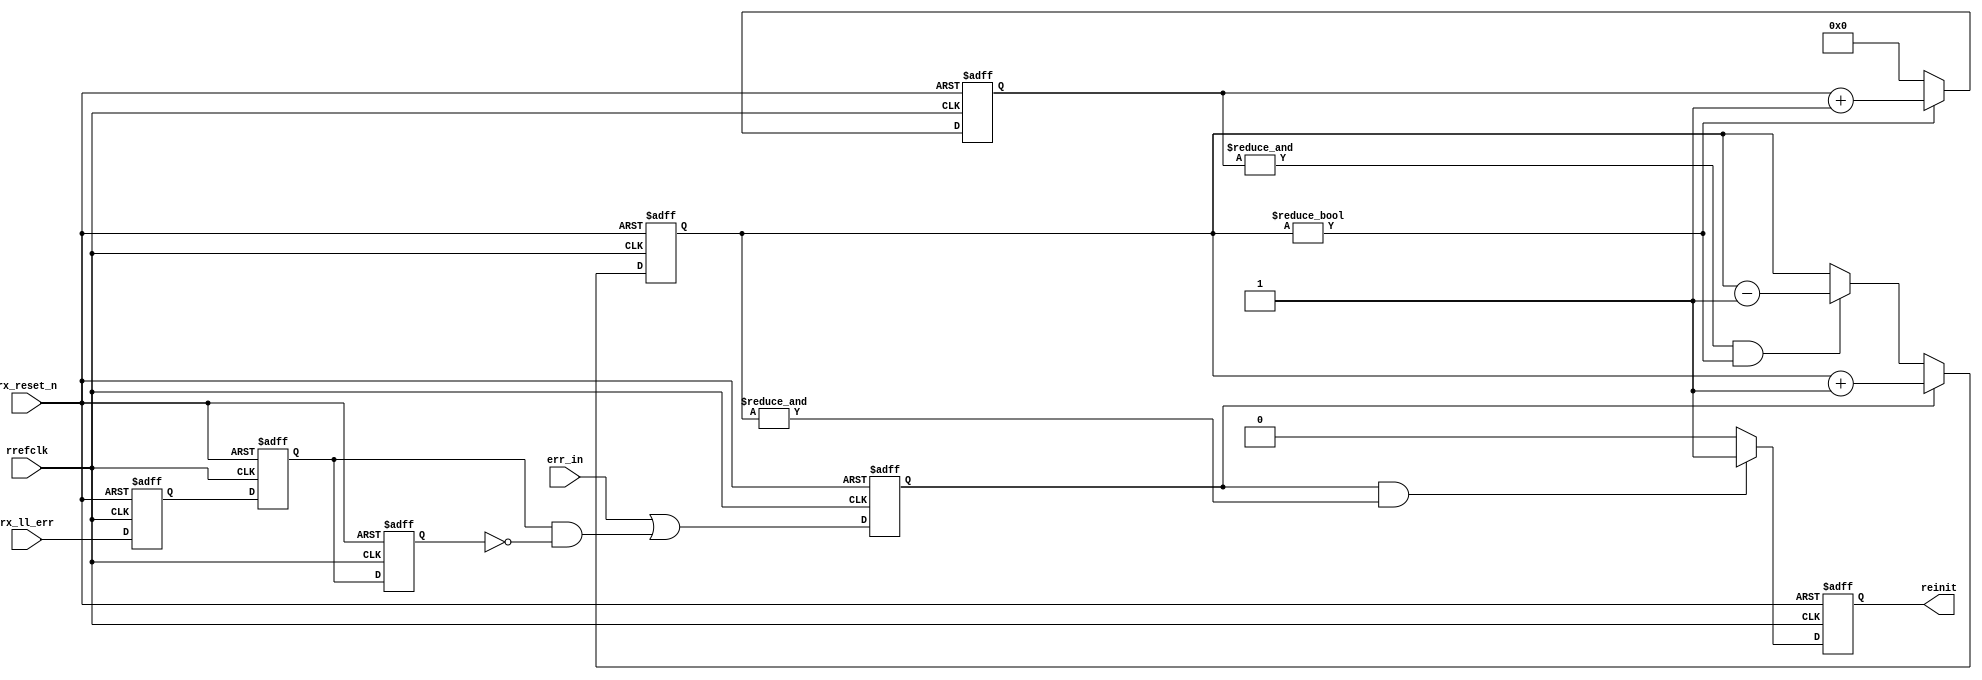
/*
*******************************************************************************

MODULE_NAME = lsm_leaky
COMPANY     = Altera Corporation, Altera Ottawa Technology Center
WEB         = www.altera.com

FUNCTIONAL_DESCRIPTION :
LSM - Leaky Bucket Portion of the LSM.
$Id: //acds/rel/14.1/ip/slite/slite2/hw/src/rtl/lsm_leaky.vx.erp#1 $
END_FUNCTIONAL_DESCRIPTION

LEGAL :
  Copyright (C) 2007 Altera Corporation. All rights reserved.  This source code
  to a MegaCore logic function is highly confidential and proprietary
  information of Altera and is being provided in accordance with and
  subject to the applicable MegaCore Logic Function License Agreement
  which governs its use and disclosure.  Altera products and services
  are protected under numerous U.S. and foreign patents, maskwork rights,
  copyrights and other intellectual property laws.
END_LEGAL
*******************************************************************************
*/
// vx2 translate_off
(* message_disable="14130" *)
//vx2 translate_on

//altera message_off 10230
module  five_lane_seriallite_lsm_leaky /* vx2 no_prefix */  (
rrefclk,
rx_reset_n,
err_in,
rx_ll_err,
reinit);

// Ports and local variables. 
// '_F' indicates an auxiliary variable for flip-flops
// '_S' indicates an auxiliary variable for combinational signals
// '_W' indicates a VX2-created wire
input rrefclk;
input rx_reset_n;
input err_in;
input rx_ll_err;
output reinit;
wire  rrefclk ;
wire  rx_reset_n ;
wire  err_in  ;
wire  rx_ll_err  ;
reg  reinit, _Freinit  ;
reg  crc_err_meta, _Fcrc_err_meta  ;
reg  crc_err_sync, _Fcrc_err_sync  ;
reg  crc_err_sync_d1, _Fcrc_err_sync_d1  ;
reg  nxt_error_detected, _Snxt_error_detected  ;
reg  error_detected, _Ferror_detected  ;
reg  [1:0] error_count, _Ferror_count  ;
reg  [3:0] drain_count, _Fdrain_count  ;

always @( * )  begin
// initialize flip-flop and combinational regs
    _Freinit = reinit;
    _Fcrc_err_meta = crc_err_meta;
    _Fcrc_err_sync = crc_err_sync;
    _Fcrc_err_sync_d1 = crc_err_sync_d1;
    _Snxt_error_detected = 0;
    _Ferror_detected = error_detected;
    _Ferror_count = error_count;
    _Fdrain_count = drain_count;

// mainline code
    begin // TODO : P+R : CRC Error domain issues?

        _Fcrc_err_meta = rx_ll_err;
        _Fcrc_err_sync = crc_err_meta;
        _Fcrc_err_sync_d1 = crc_err_sync;
        _Snxt_error_detected = err_in == 1 || (crc_err_sync && ! crc_err_sync_d1);
        _Ferror_detected = nxt_error_detected;
        if (error_detected) begin 
            _Ferror_count = error_count + 1;
        end 
        else
            if (& drain_count == 1 && error_count != 0) begin 
                _Ferror_count = error_count - 1;
            end 
        if (error_detected && & error_count == 1) begin 
            _Freinit = 1;
        end 
        else
        begin 
            _Freinit = 0;
        end 
        if (error_count != 0) begin 
            _Fdrain_count = drain_count + 1;
        end 
        else
        begin 
            _Fdrain_count = 0;
        end 
    end 


// update regs for combinational signals
// The non-blocking assignment causes the always block to 
// re-stimulate if the signal has changed
    nxt_error_detected <= _Snxt_error_detected;
end
always @(posedge rrefclk or negedge rx_reset_n) begin
    if (!rx_reset_n) begin
        reinit<=0;
        crc_err_meta<=0;
        crc_err_sync<=0;
        crc_err_sync_d1<=0;
        error_detected<=0;
        error_count<=0;
        drain_count<=0;
    end else begin
        reinit<=_Freinit;
        crc_err_meta<=_Fcrc_err_meta;
        crc_err_sync<=_Fcrc_err_sync;
        crc_err_sync_d1<=_Fcrc_err_sync_d1;
        error_detected<=_Ferror_detected;
        error_count<=_Ferror_count;
        drain_count<=_Fdrain_count;
    end
end
endmodule

/*Vx2, V2.1.5
Released 2006-10-10
Checked out from CVS as $Header: //acds/rel/14.1/ip/infrastructure/tools/lib/ToolVersion.pm#1 $
*/